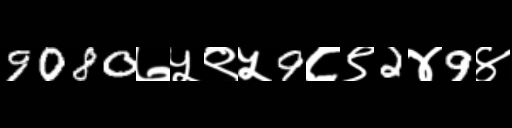
Text: 9080७५९५9८९2४9४